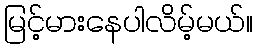
မြင့်မားနေပါလိမ့်မယ်။